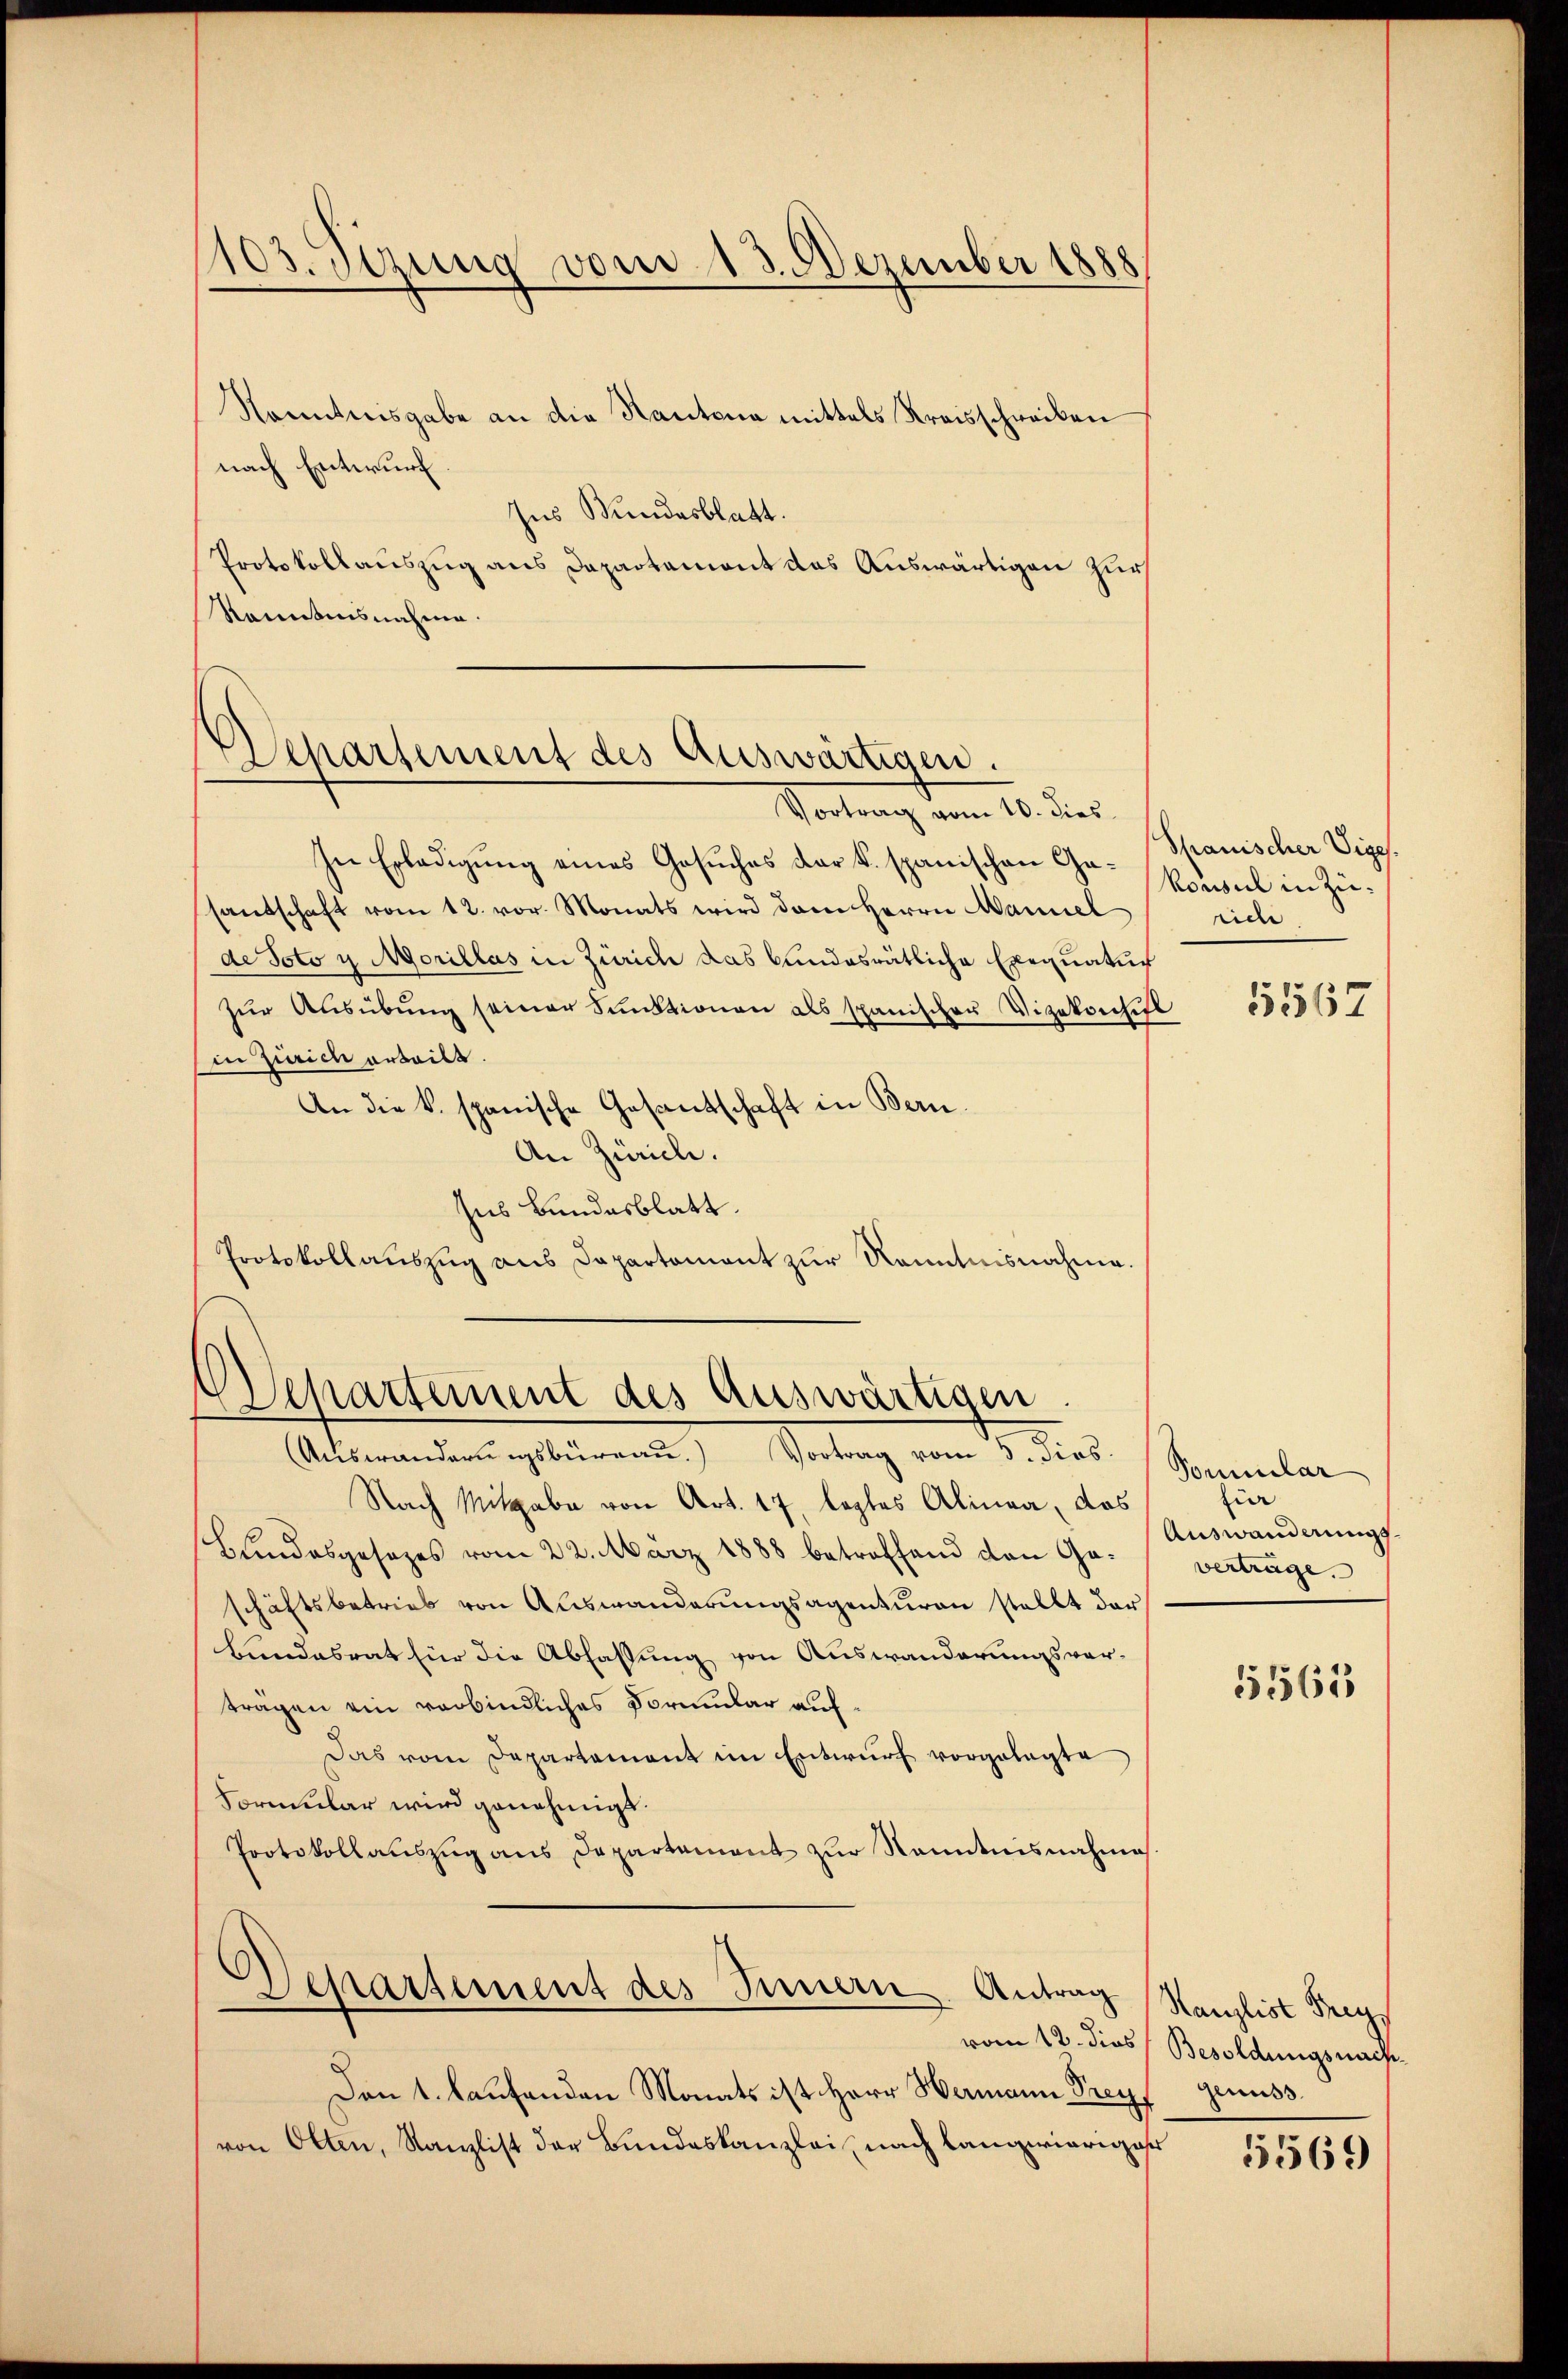
103. Sezung vom 13. Dezember 1888

Kenntnisgabe an die Kantona mittels Kreisschreiben
nach Entwurf
Ins Mundesblatt.
Protokollauszug aus Departement das Auswärtigen zur
Renntnisnahme.

Departement des Auswärtigen.
Vortrag vom 10. dies

In Erledigung eines Gesuches der K. spanischen Sr. Konsul in Züsantschaft vom 12. vor. Monats wird dem Herrn Manuel
de Voto u Morillas in Zürich das bundesrätliche Exequatur
zur Ausübung seiner Funktionen als spanischer Vizekoschul
in Zürich erteilt.
An die k. spanische Gesandschaft in Bern.
An Zürich.
zus Bundesblatt.
Protokollauszug aus Dapartament zur Kenntnisnahme.

Departement des Auswärtigen.
Auswanderungsbüreau. Vortrag vom 3. dies Spimular

Nach Mitgabe von Art. 17, legtes Alinea, das
Bŭndesgesezes vom 22. März 1888 betreffend den Ge- verträge.
schäftsbetrieb von Auswanderungsagenturen stellt der
Bundesrat für die Abfassung von Auswanderungsvorträgen ein verbindliches Formular auf¬
Das vom Departament im Entwurf vorgelegte
Formular wird genehmigt
Protokollaŭszŭg ans Departement zŭr Nanntnisnahme
Departement des Innern Antrag Kanzlist Frey¬
Den 1. laufenden Monats ist Herr Hermann Preyf
von Olten, Kanzlist der Bundeskanzlei nach langwierigeses

Shanischer Vige.
rich

1567

fie
Auswanderungs¬

5565

vom 12. dies Besoldungsnach
Genuss.

5569